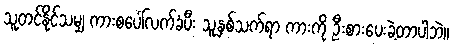
သူတင်နိုင်သမျှ ကားစပေါ်လက်ခံပီး သူ့နှစ်သက်ရာ ကားကို ဦးစားပေးခဲ့တာပါဘဲ။